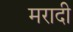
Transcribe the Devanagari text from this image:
मरादी